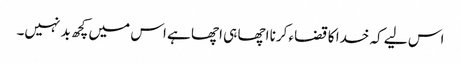
اس لیے کہ خدا کا قضاء کرنا اچھا ہی اچھا ہے اس میں کچھ بد نہیں۔